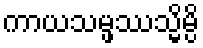
ကာယသမ္ဖဿသ္မိမ္ပိ